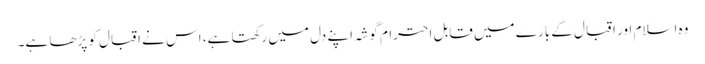
وہ اسلام اور اقبال کے بارے میں قابل احترام گوشہ اپنے دل میں رکھتا ہے، اس نے اقبال کو پڑھا ہے۔